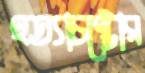
হত্যাচষ্টোর